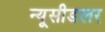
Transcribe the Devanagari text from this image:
न्यूसीडलर